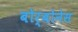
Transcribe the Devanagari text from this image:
बोर्बोनेस